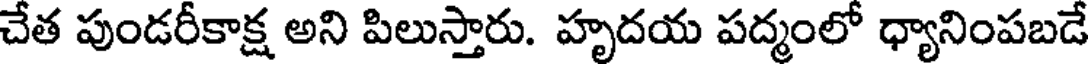
చేత పుండరీకాక్ష అని పిలుస్తారు. హృదయ పద్మంలో ధ్యానింపబడే